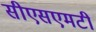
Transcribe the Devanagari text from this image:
सीएसएमटी